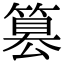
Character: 篡